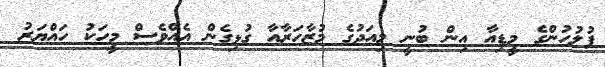
ފުލުހުންގެ މީޑިއާ އިން ބުނީ މިއަދުގެ މުޒާހަރާއާ ގުޅިގެން އެއްވެސް މީހަކު ހައްޔަރު